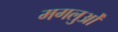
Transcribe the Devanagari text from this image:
मगलुओं